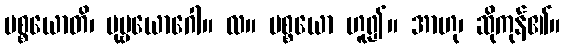
ပစ္စယောတိ၊ ပုဗ္ဗယောဂေါ။ လ။ ပစ္စယော ဟူ၍။ အာဟု၊ ဆိုကုန်၏။